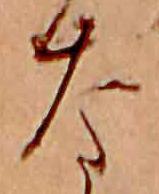
な